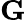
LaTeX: \mathbf{G}